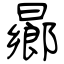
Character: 曏